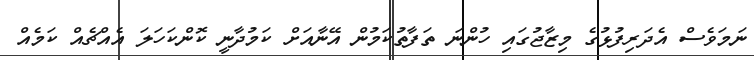
ނަމަވެސް އެދަރިފުޅުގެ މިޒާޖުގައި ހުންނަ ތަފާތުކަމުން އޭނާއަށް ކަމުދާނީ ކޮންކަހަލަ އެއްޗެއް ކަމެއް